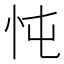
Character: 忳